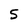
Character: 5